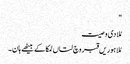
"
مُلا دی وصیت
مُلا ہوریں قبر وچ لتاں لمکا کے بیٹھے ہان۔